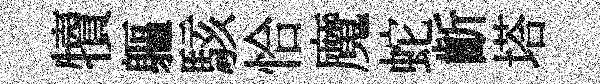
犢軀駭恰魔蛇齗塔